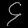
Digit: ၄